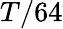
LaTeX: T/64